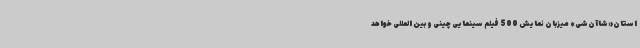
استان«شاآن‌شی» میزبان نمایش 500 فیلم سینمایی چینی و بین المللی خواهد